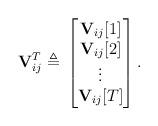
LaTeX: \begin{align*} \mathbf{V}_{ij}^T \triangleq{}& \begin{bmatrix} \mathbf{V}_{ij} [1] \\ \mathbf{V}_{ij} [2] \\ \vdots \\ \mathbf{V}_{ij} [T] \end{bmatrix}.\end{align*}